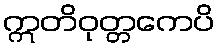
ဣတိဝုတ္တကေပိ